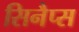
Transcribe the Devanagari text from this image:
सिनैप्स